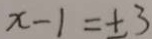
x - 1 = \pm 3